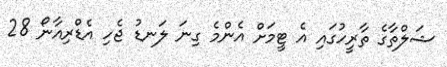
ޝަލްތާގެ ތާރީހުގައި އެ ޓީމަށް އެންމެ ގިނަ ލަނޑު ޖެހި އެޑްރިއާނޯ 28